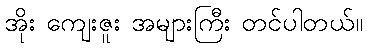
အိုး ကျေးဇူး အများကြီး တင်ပါတယ်။